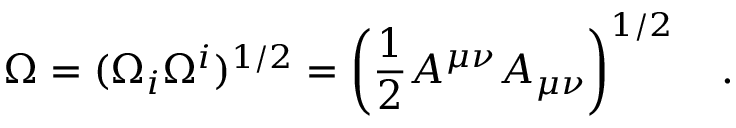
\Omega = ( \Omega _ { i } \Omega ^ { i } ) ^ { 1 / 2 } = \left( \frac 1 2 A ^ { \mu \nu } A _ { \mu \nu } \right) ^ { 1 / 2 } ~ ~ ~ .